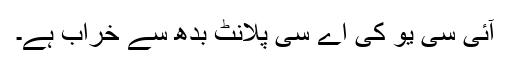
آئی سی یو کی اے سی پلانٹ بدھ سے خراب ہے۔